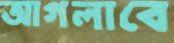
আগলাবে